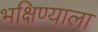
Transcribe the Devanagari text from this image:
भक्षिण्याला